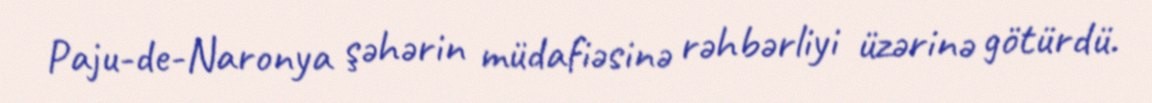
Paju-de-Naronya şəhərin müdafiəsinə rəhbərliyi üzərinə götürdü.